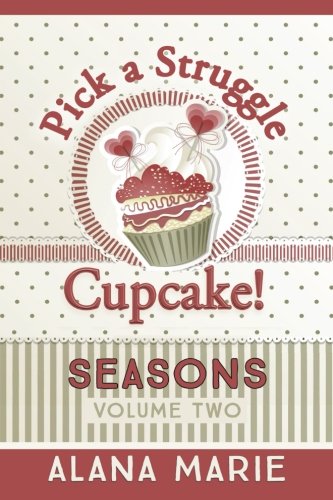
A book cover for Pick A Struggle Cupcake - Seasons; Alana Marie; Self-Help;